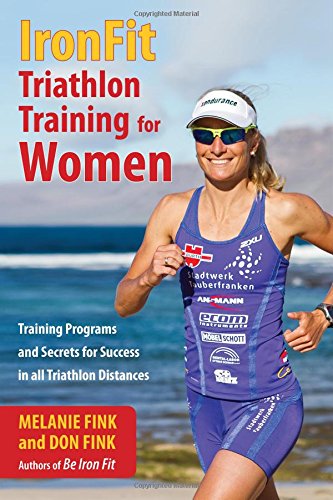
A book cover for IronFit Triathlon Training for Women: Training Programs and Secrets for Success in all Triathlon Distances; Melanie Fink; Health, Fitness & Dieting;